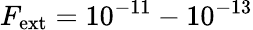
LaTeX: F_{\mathrm{ext}}=10^{-11}-10^{-13}